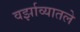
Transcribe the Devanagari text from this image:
वर्झाव्यातले